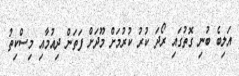
އަލިބެ ބުނި ގޮތުގައި ރޯދަ ކުރު ކުރުމަށް މޫދަށް ފަތަން ދިއުމާއި މިސްކިތު